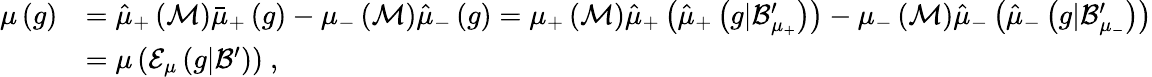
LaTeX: \begin{array}{rl}{\mu\left(g\right)}&{=\hat{\mu}_{+}\left(\mathcal{M}\right)\bar{\mu}_{+}\left(g\right)-\mu_{-}\left(\mathcal{M}\right)\hat{\mu}_{-}\left(g\right)=\mu_{+}\left(\mathcal{M}\right)\hat{\mu}_{+}\left(\hat{\mu}_{+}\left(g|\mathcal{B}_{\mu_{+}}^{\prime}\right)\right)-\mu_{-}\left(\mathcal{M}\right)\hat{\mu}_{-}\left(\hat{\mu}_{-}\left(g|\mathcal{B}_{\mu_{-}}^{\prime}\right)\right)}\\ &{=\mu\left(\mathcal{E}_{\mu}\left(g|\mathcal{B}^{\prime}\right)\right)\ ,}\end{array}